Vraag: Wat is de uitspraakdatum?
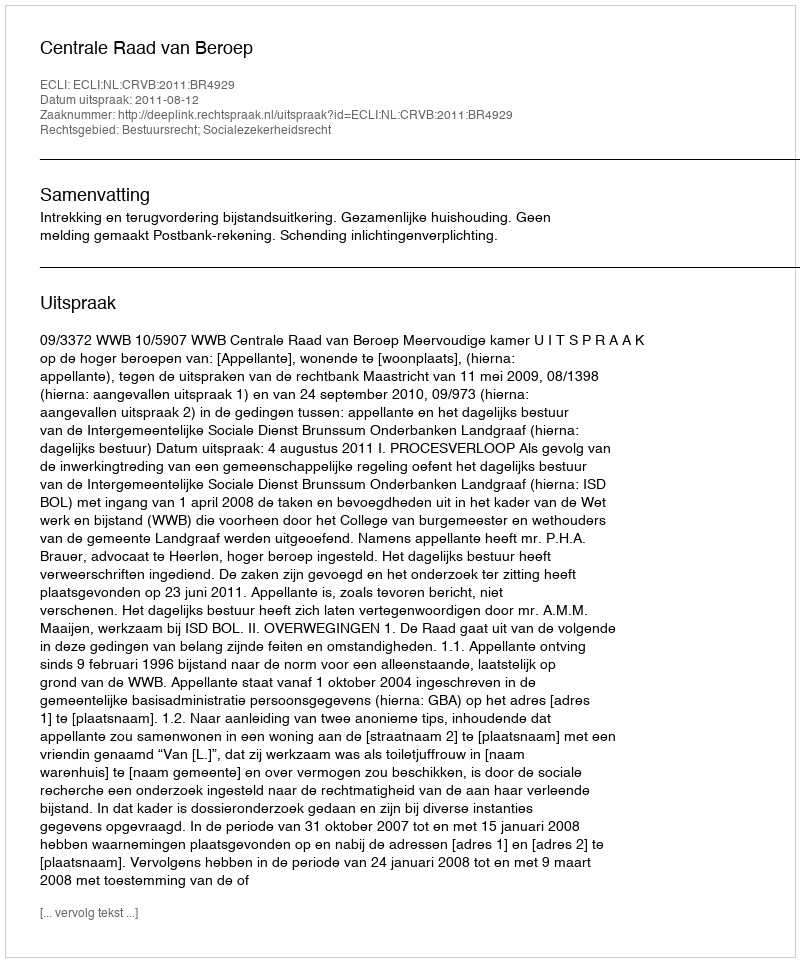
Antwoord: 2011-08-12